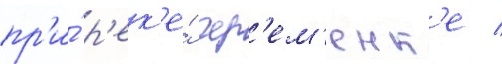
пр'и́ р'ек'е́ чер'ем'енк'е /